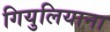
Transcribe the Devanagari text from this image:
गियुलियाना